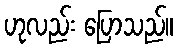
ဟုလည်း ပြောသည်။